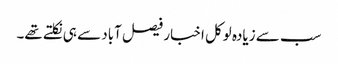
سب سے زیادہ لوکل اخبار فیصل آباد سے ہی نکلتے تھے۔